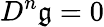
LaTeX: D^{n}{\mathfrak{g}}=0